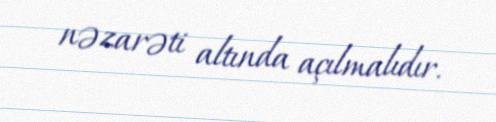
nəzarəti altında açılmalıdır.